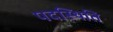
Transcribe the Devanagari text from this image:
पदस्थिति